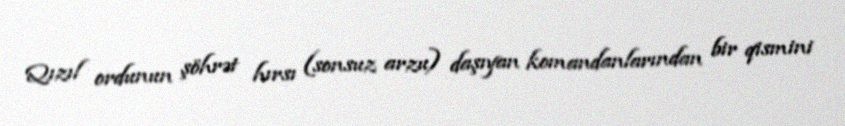
Qızıl ordunun şöhrət hırsı (sonsuz arzu) daşıyan komandanlarından bir qismini